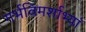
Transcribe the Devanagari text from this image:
गर्भविमर्शाभ्यां